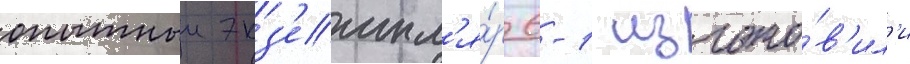
опытныи экз'емпл'я́р 6-1 изгото́в'ил'и